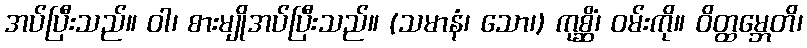
အပ်ပြီးသည်။ ဝါ၊ စားမျိုအပ်ပြီးသည်။ (သမာနံ၊ သော၊) ကုစ္ဆိံ၊ ဝမ်းကို။ ဝိတ္ထမ္ဘေတိ၊